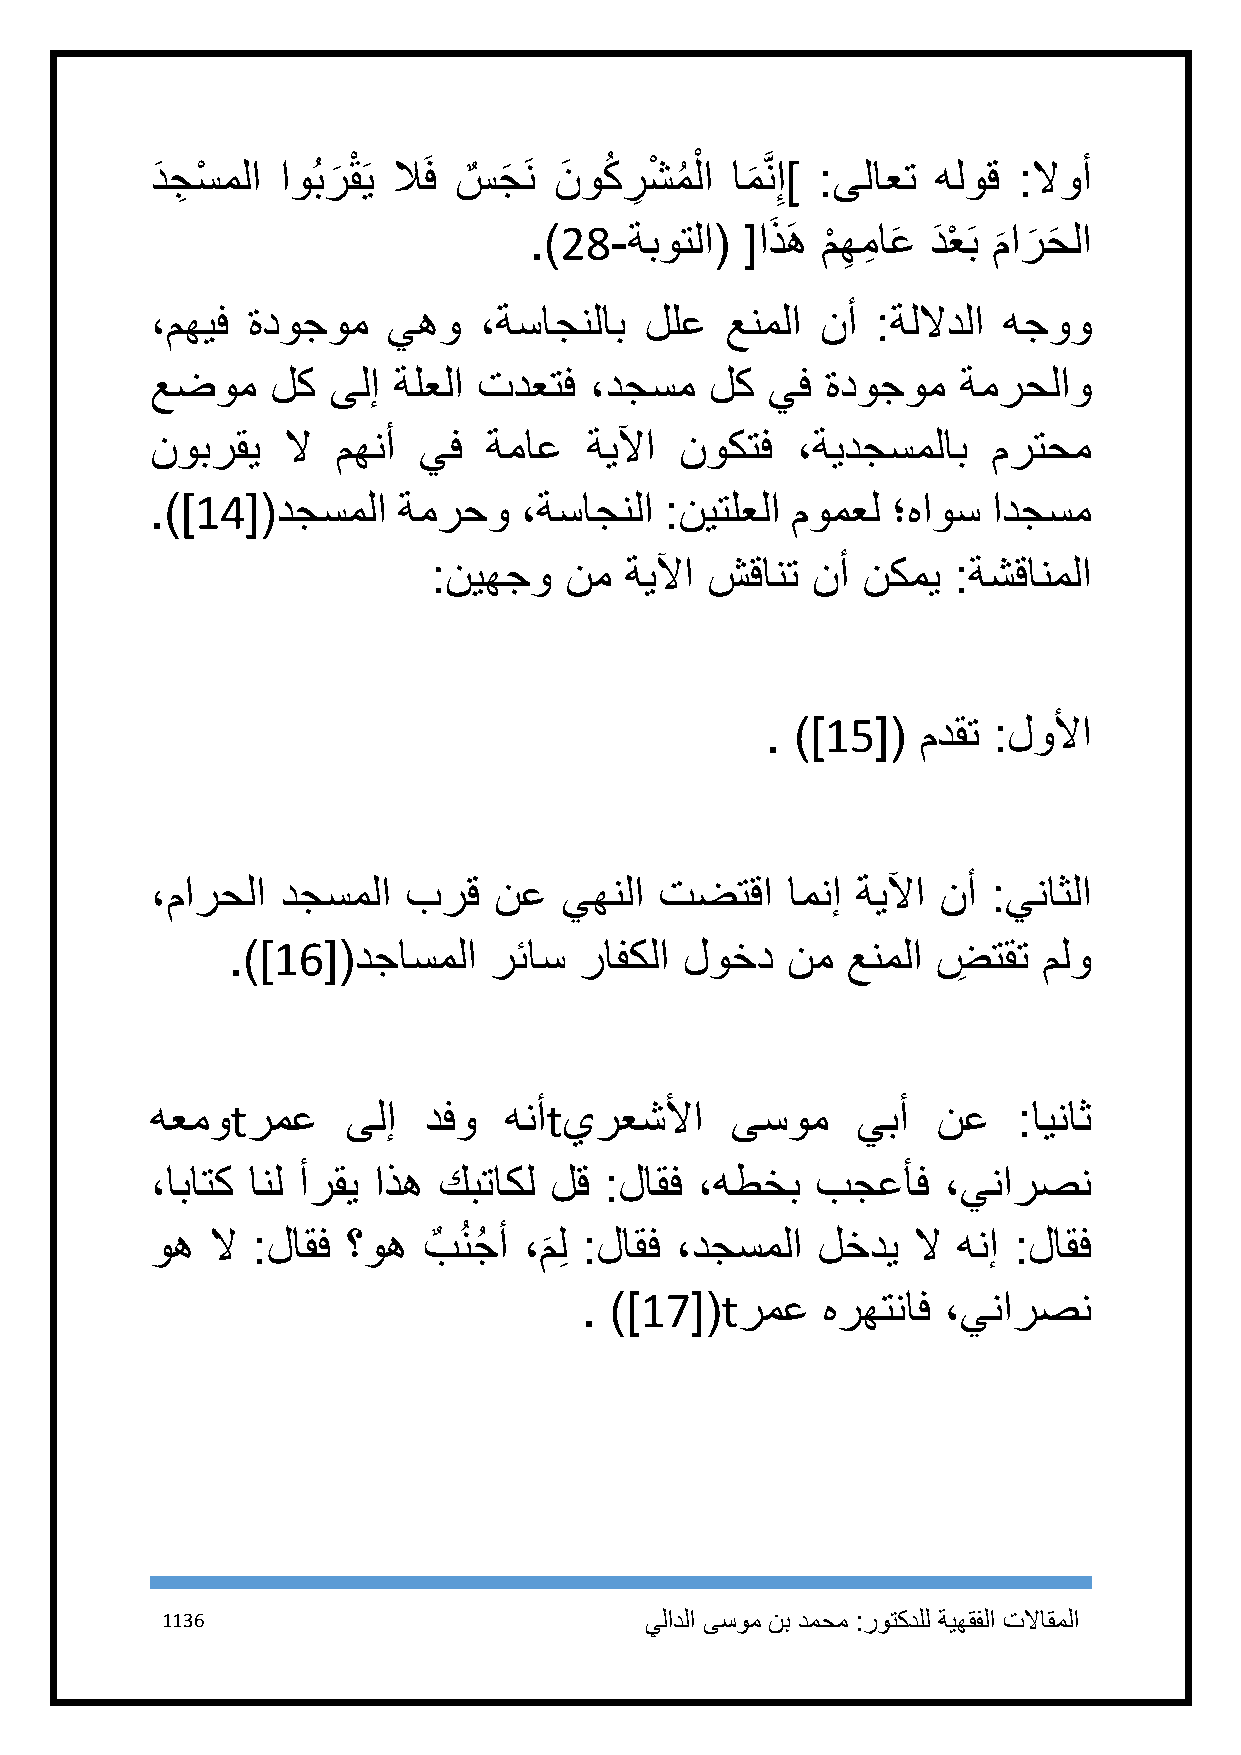
دَ جِ سْ ملا اوُبر
 َ
 قْ َي لاَف سٌ جَ َن نَ وكُ ر
 ِ
 شْ مُ لْ ا ام
 َ
 َّن ِإ] :ىلاعت هلوق :لاوأ
 .)28-ةبوتلا(  [اذَ هَ م
 ْ
 ه
 ِ
 مِ اعَ دَ عْ َب م
 َ
 ار
 َ
 حَ لا
 ،مهيف ةدوجوم    يهو   ،ةساجنلاب  للع  عنملا نأ  :ةللادلا هجوو
 عضوم    لك  ىلإ ةلعلا تدعتف  ،دجسم   لك  يف  ةدوجوم   ةمرحلاو
 نوبرقي   لا مهنأ  يف  ةماع   ةيلآا نوكتف   ،ةيدجسملاب   مرتحم
 .)]14[(دجسملا   ةمرحو   ،ةساجنلا  :نيتلعلا مومعل ؛هاوس  ادجسم
 :نيهجو  نم  ةيلآا شقانت  نأ نكمي  :ةشقانملا
 . )]15[(  مدقت :لولأا
 ،مارحلا  دجسملا  برق   نع  يهنلا  تضتقا   امنإ ةيلآا نأ :يناثلا
 .)]16[(دجاسملا   رئاس  رافكلا لوخد   نم  عنملا ضِ  تقت ملو
 هعموtرمع     ىلإ  دفو  هنأtيرعشلأا    ىسوم     يبأ  نع   :ايناث
 ،اباتك انل أرقي اذه كبتاكل لق :لاقف ،هطخب   بجعأف   ،ينارصن
 وه  لا :لاقف ؟وه  بٌ ُنجُ أ ،ملِ :لاقف ،دجسملا لخدي لا هنإ :لاقف
 َ
 . )]17[(tرمع   هرهتناف ،ينارصن
 1136                            يلادلا ىسوم نب دمحم :روتكدلل ةيهقفلا تلااقملا